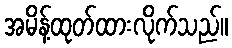
အမိန့်ထုတ်ထားလိုက်သည်။